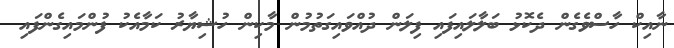
ނާއިކް ހާސްވެގެން ދެކޮޅު ބަލާލައިފައި ފިލަން ދުއްވައިގަތުމުން މާކިން ހުޝިޔާރު ކަމާއެކު ފުންމައިގެންފައި